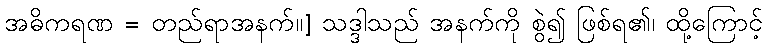
အဓိကရဏ = တည်ရာအနက်။] သဒ္ဒါသည် အနက်ကို စွဲ၍ ဖြစ်ရ၏၊ ထို့ကြောင့်